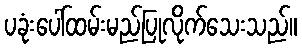
ပခုံးပေါ်ထမ်းမည်ပြုလိုက်သေးသည်။